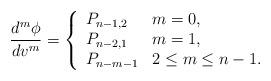
LaTeX: \begin{align*} \frac{d^m\phi}{dv^m}=\left\{ \begin{array}{ll} P_{n-1,2} & m=0,\\ P_{n-2,1} & m=1,\\ P_{n-m-1} & 2\leq m\leq n-1. \end{array}\right.\end{align*}